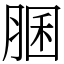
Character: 䐃